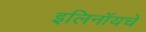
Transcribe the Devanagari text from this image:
इलिनॉयचे